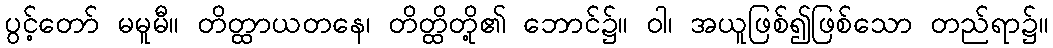
ပွင့်တော် မမူမီ။ တိတ္ထာယတနေ၊ တိတ္ထိတို့၏ ဘောင်၌။ ဝါ၊ အယူဖြစ်၍ဖြစ်သော တည်ရာ၌။